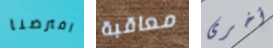
افترضنا معاقبة أخرى